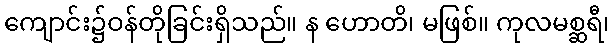
ကျောင်း၌ဝန်တိုခြင်းရှိသည်။ န ဟောတိ၊ မဖြစ်။ ကုလမစ္ဆရီ၊